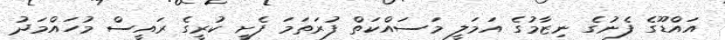
އައްޑޫގެ ފެނުގެ ނިޒާމުގެ އަމަލީ މަަސައްކަތް ފުރަތަމަ ފެށީ ކުރީގެ ރައީސް މުހައްމަދު